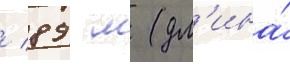
/ 89 м (дл'ина́